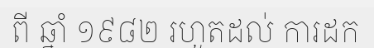
ពី ឆ្នាំ ១៩៨២ រហូតដល់ ការដក